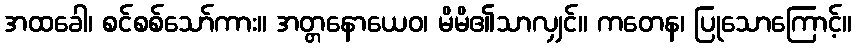
အထခေါ၊ စင်စစ်သော်ကား။ အတ္တနောယေဝ၊ မိမိ၏သာလျှင်။ ကတေန၊ ပြုသောကြောင့်။